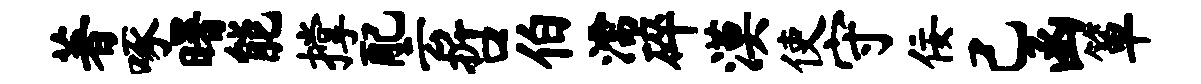
著啄曙能撑配云哲伯濡碎漠使守佞己函箪